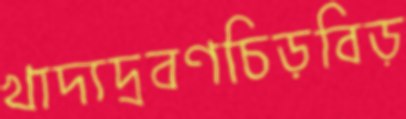
খাদ্যদ্রবণচিড়বিড়